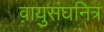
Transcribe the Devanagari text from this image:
वायुसंघनित्र